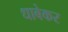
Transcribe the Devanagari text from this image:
धाबेकर